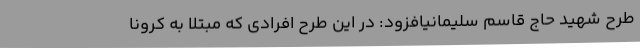
طرح شهید حاج قاسم سلیمانیافزود: در این طرح افرادی که مبتلا به کرونا